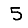
Digit: 5